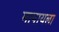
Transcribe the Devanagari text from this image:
मापायला